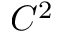
C ^ { 2 }